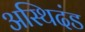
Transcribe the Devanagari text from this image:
अस्थिदंड